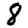
Digit: 8